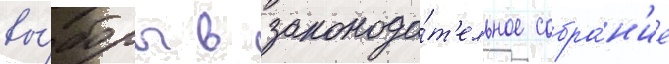
вы́боры в законода́т'ельное собра́н'ие